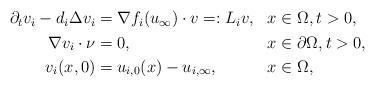
LaTeX: \begin{align*}\begin{aligned}\partial_tv_i - d_i\Delta v_i &= \nabla f_i(u_{\infty})\cdot v =: L_iv, && x\in\Omega, t>0,\\\nabla v_i \cdot \nu &= 0, && x\in\partial\Omega, t>0,\\v_i(x,0) &= u_{i,0}(x) - u_{i,\infty}, && x\in\Omega,\end{aligned}\end{align*}